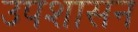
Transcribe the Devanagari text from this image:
उपशासन